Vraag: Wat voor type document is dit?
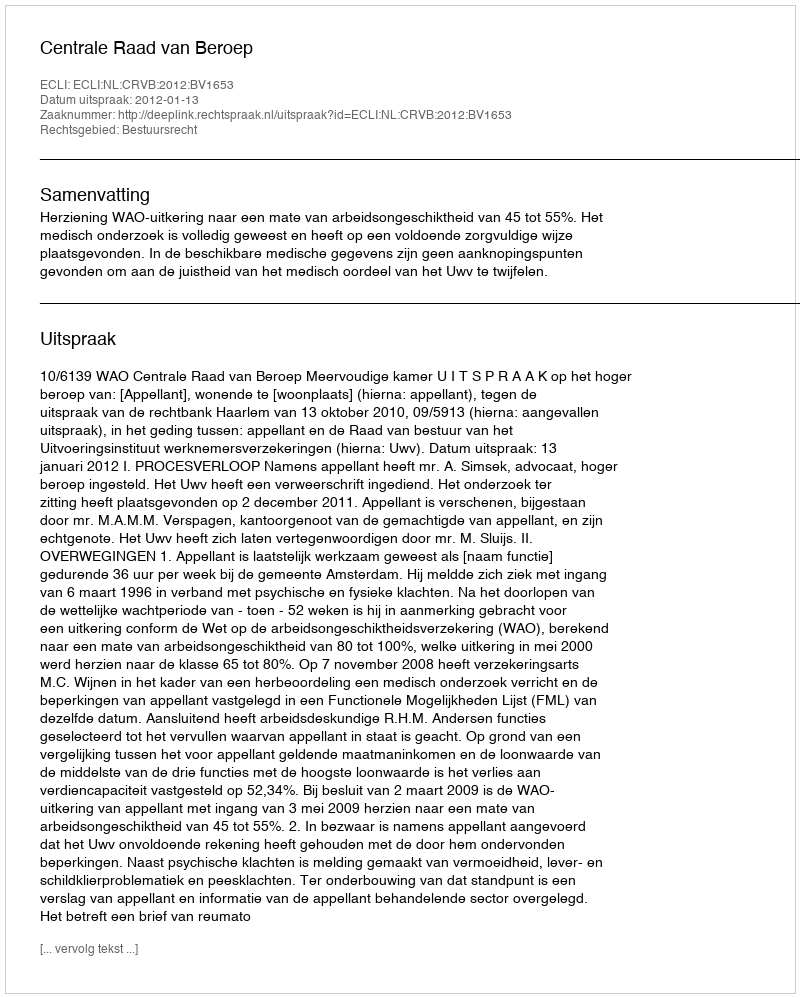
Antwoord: Uitspraak